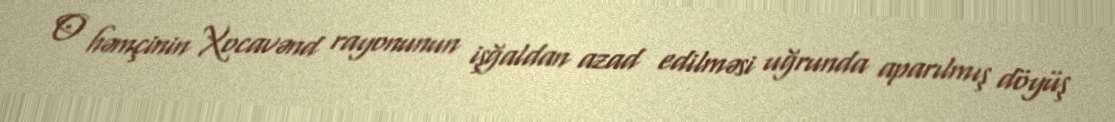
O həmçinin Xocavənd rayonunun işğaldan azad edilməsi uğrunda aparılmış döyüş